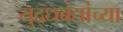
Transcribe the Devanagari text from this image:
युद्धबंद्यांच्या